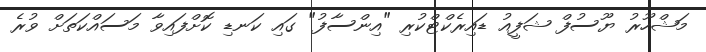
މަޝްހޫރު ޔޫސުފް ޝަފީއު ޑައިރެކްޓްކުރި "އިންސާފު" ގައި ކަނޑި ކޮށްފައިވާ މަސައްކަތަށް ވުރެ